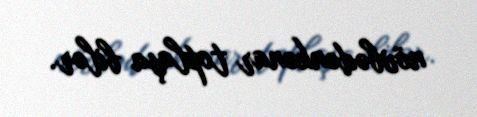
növbədənkənar toplaşa bilər.